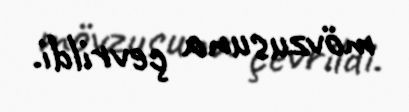
mövzusuna çevrildi.